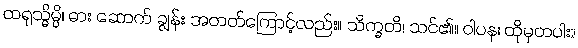
ထရုသ္မိမ္ပိ၊ ဓား ဆောက် ချွန်း အတတ်ကြောင့်လည်း။ သိက္ခတိ၊ သင်၏။ ဝါပန၊ ထိုမှတပါး။